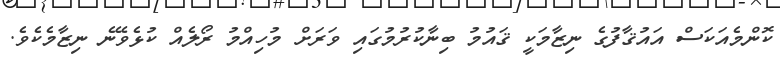
ކޮންމެއަކަސް އައުޤާފުގެ ނިޒާމަކީ ޤައުމު ބިނާކުރުމުގައި ވަރަށް މުހިއްމު ރޯލެއް ކުޅެވޭނެ ނިޒާމެކެވެ.